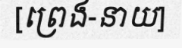
[ព្រេង-នាយ]